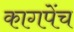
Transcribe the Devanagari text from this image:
कागपेंच